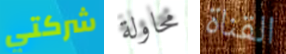
شركتي محاولة القناة